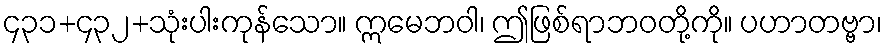
၄၃၁+၄၃၂+သုံးပါးကုန်သော။ ဣမေဘဝါ၊ ဤဖြစ်ရာဘဝတို့ကို။ ပဟာတဗ္ဗာ၊